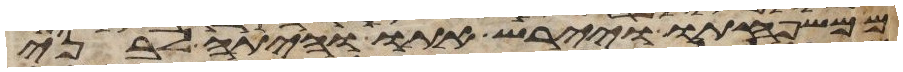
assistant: ממשפחתו ויירש אתו והיתה לבני